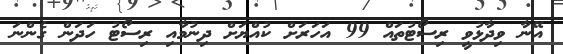
އޭނާ ވިދާޅުވީ ރިސޯޓުތައް 99 އަހަރަށް ކުއްޔަށް ދިނުމާއި ރިސޯޓު ހަދަން ގެންނަ